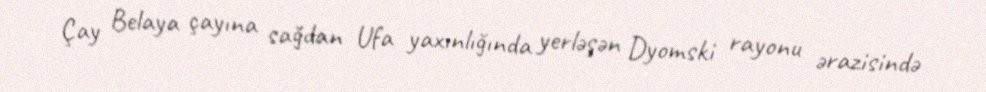
Çay Belaya çayına sağdan Ufa yaxınlığında yerləşən Dyomski rayonu ərazisində